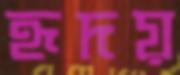
হৃদয়